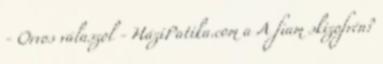
- Orvos válaszol - HáziPatika.com a A fiam skizofrén?